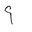
Letter: _mim